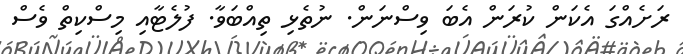
ރަށެއްގަ އެކަން ކުރަން އެބަ ވިސްނަން. ނުތެޅި ތިއްބަވާ. ފުލެޓާއި މިސްކިތް ވެސް